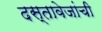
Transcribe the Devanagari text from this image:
दस्तावेजांची